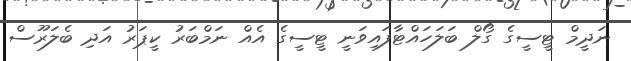
ނަދީމް ޓީސީގެ ގޯލް ބަލަހައްޓާފައިވަނީ ޓީސީގެ އެއް ނަމްބަރު ކީޕަރު އަދި ބެލަރޫސް